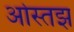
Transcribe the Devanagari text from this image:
ओस्तझ